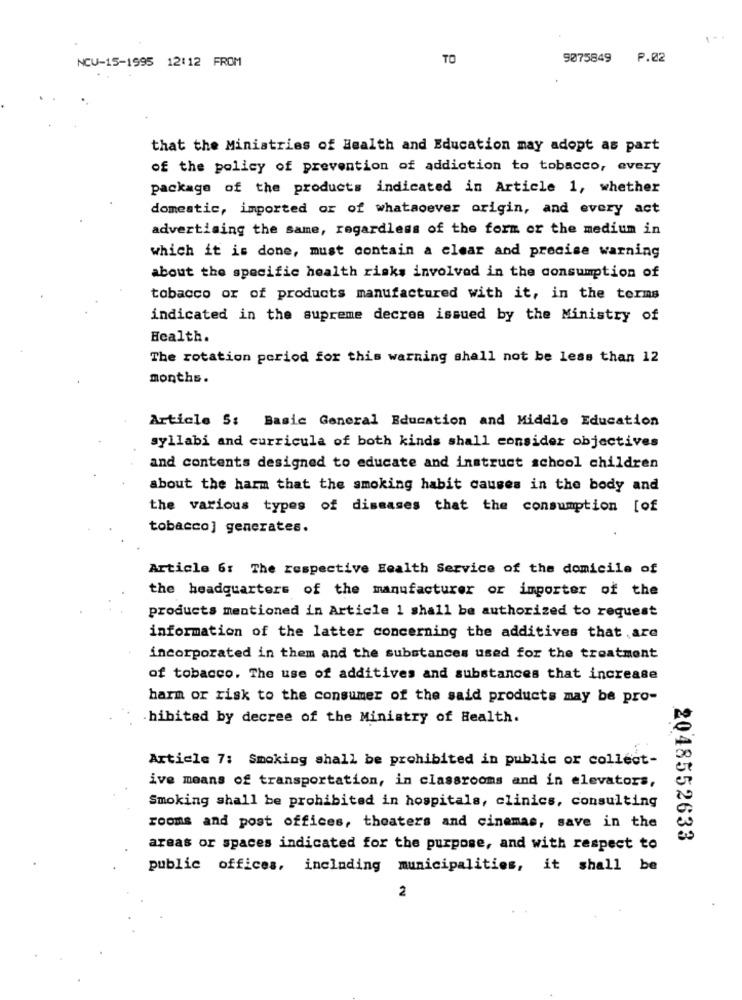
1.
NCU-15-1995 12:12 FROM
TO
9075849
P.02
that the Ministries of Health and Education may adopt as part
of the policy of prevention of addiction to tobacco, every
package of the products indicated in Article 1, whether
domestic, imported or of whatsoever origin, and every act
advertising the same, regardless of the form or the medium in
which it is done, must contain a clear and precise warning
about the specific health risks involved in the consumption of
tobacco or of products manufactured with it, in the terms
indicated in the supreme decres issued by the Ministry of
Health.
The rotation period for this warning shall not be less than 12
months.
Article 5: Basic General Education and Middle Education
syllabi and curricula of both kinds shall consider objectives
and contents designed to educate and instruct school children
about the harm that the smoking habit causes in the body and
the various types of diseases that the consumption [of
tobacco] generates.
Article 6: The respective Health Service of the domicile of
the headquarters of the manufacturer or importer of the
products mentioned in Article 1 shall be authorized to request
information of the latter concerning the additives that are
incorporated in them and the substances used for the treatment
of tobacco. The use of additives and substances that increase
harm or risk to the consumer of the said products may be pro-
hibited by decree of the Ministry of Health.
Article 7: Smoking shall be prohibited in public or collect-
ive means of transportation, in classrooms and in elevators,
Smoking shall be prohibited in hospitals, clinics, consulting
rooms and post offices, theaters and cinemas, save in the
2048552633
areas or spaces indicated for the purpose, and with respect to
public offices, including municipalities, it shall be
2